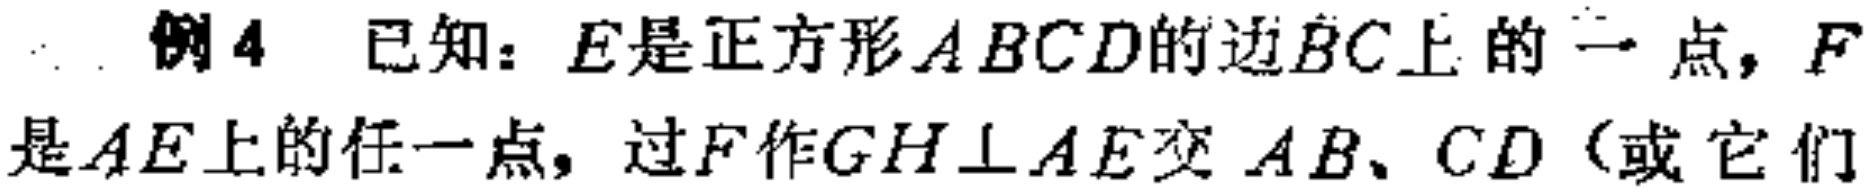
例4 已知：$E$是正方形$ABCD$的边$BC$上的一点，$F$是$AE$上的任一点，过$F$作$GH\perp AE$交$AB、CD$（或它们